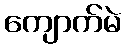
ကျောက်မဲ